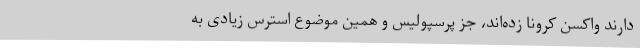
دارند واکسن کرونا زده‌اند، جز پرسپولیس و همین موضوع استرس زیادی به